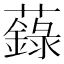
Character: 𧃆